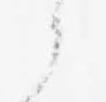
か